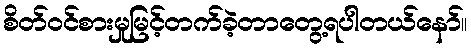
စိတ်ဝင်စားမှုမြင့်တက်ခဲ့တာတွေ့ရပါတယ်နော်။